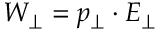
W _ { \perp } = p _ { \perp } \cdot E _ { \perp }